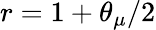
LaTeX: r=1+\theta_{\mu}/2